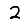
Digit: 2